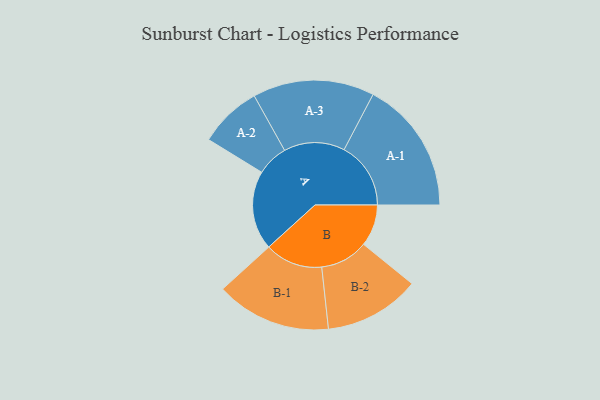
{"axis": {"x": "Segment", "y": "Value"}, "legend": ["", "A", "B"], "data": [{"x": "A", "y": 282, "type": ""}, {"x": "B", "y": 149, "type": ""}, {"x": "A-1", "y": 238, "type": "A"}, {"x": "A-2", "y": 112, "type": "A"}, {"x": "A-3", "y": 217, "type": "A"}, {"x": "B-1", "y": 206, "type": "B"}, {"x": "B-2", "y": 171, "type": "B"}]}